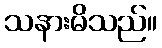
သနားမိသည်။